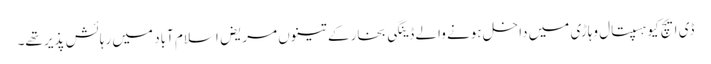
ڈی ایچ کیو ہسپتال وہاڑی میں داخل ہونے والے ڈینگی بخار کے تینوں مریض اسلام آباد میں رہائش پذیر تھے۔